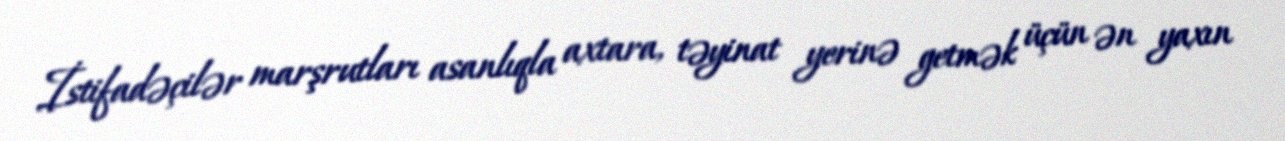
İstifadəçilər marşrutları asanlıqla axtara, təyinat yerinə getmək üçün ən yaxın